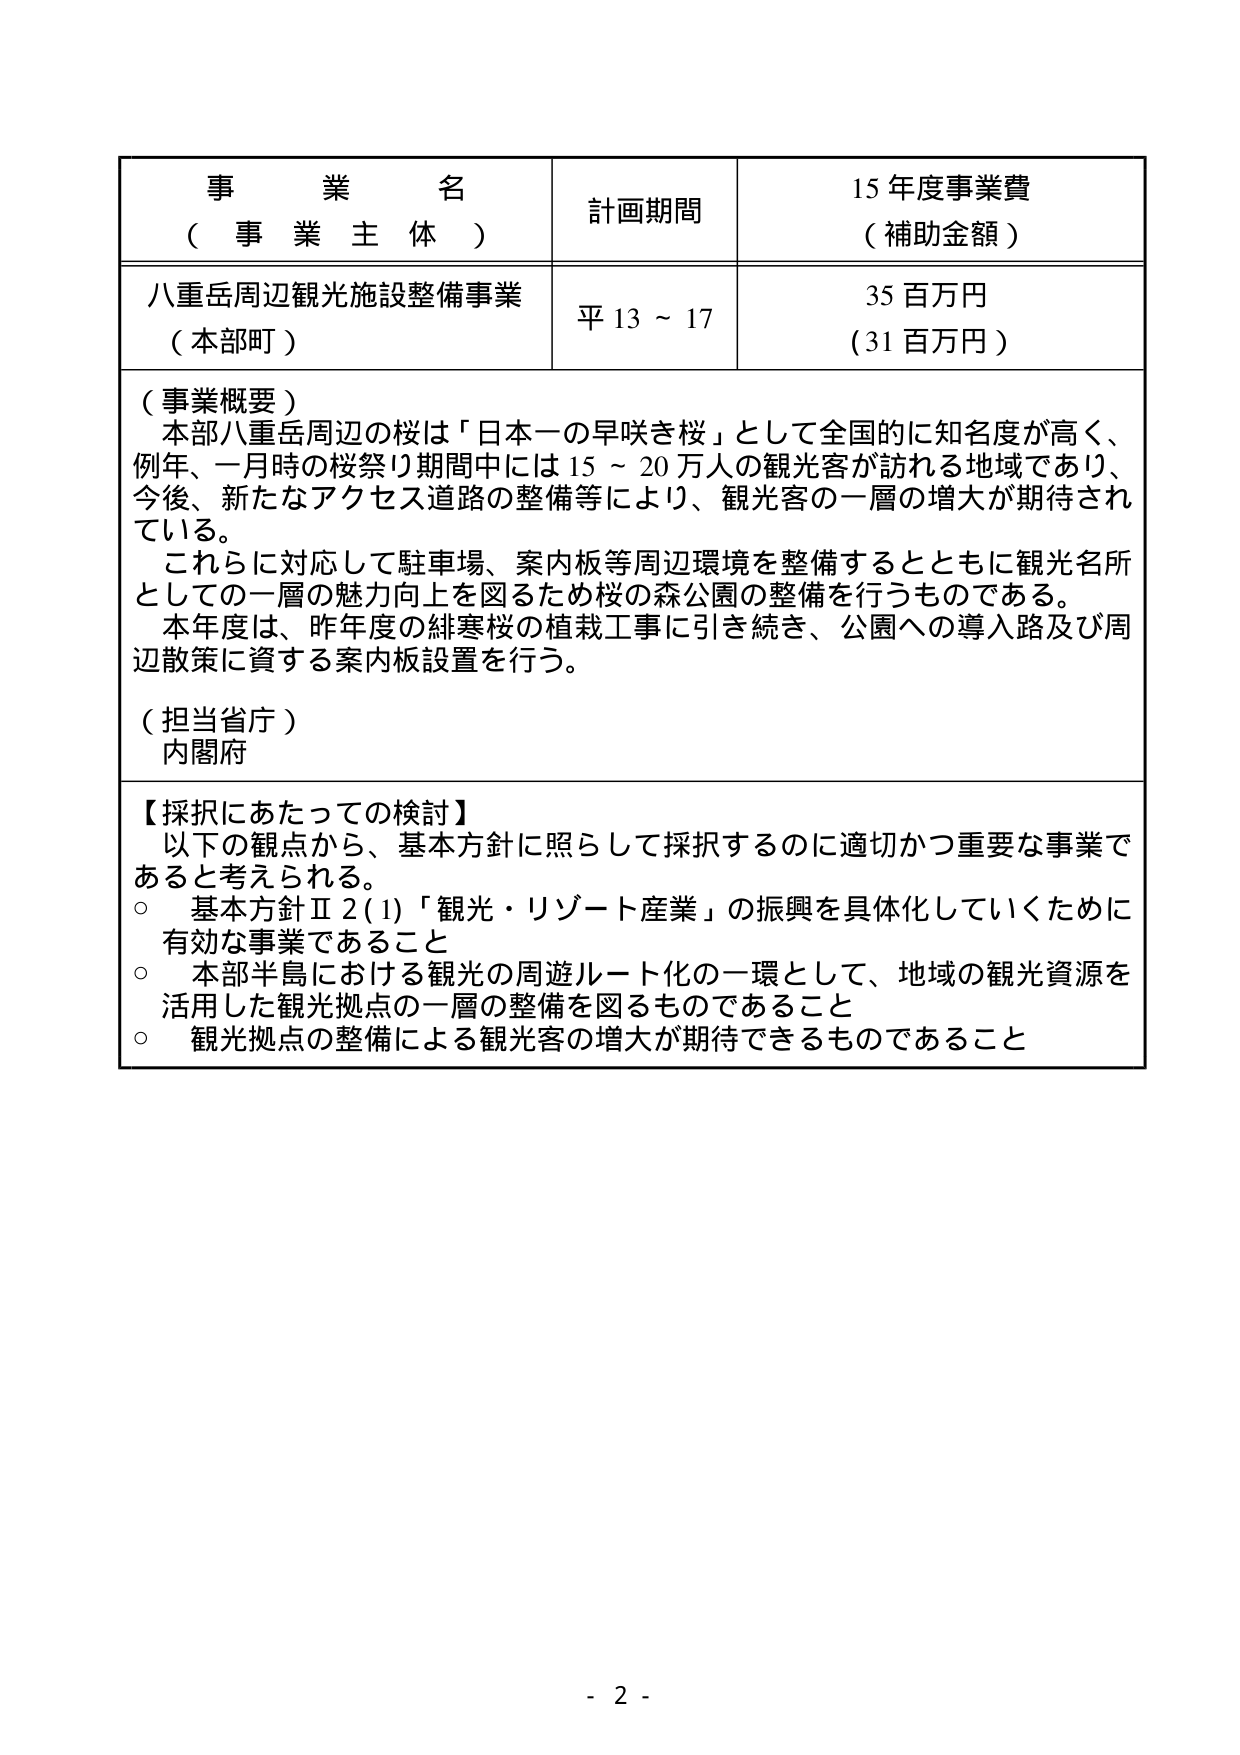
事 業 名
（ 事 業 主 体 ）
計画期間
15 年度事業費
（ 補助金額 ）

八重岳周辺観光施設整備事業
（本部町）
平 13 ～ 17
35 百万円
（31 百万円）

（事業概要）
本部八重岳周辺の桜は「日本一の早咲き桜」として全国的に知名度が高く、
例年、一月時の桜祭り期間中には 15 ～ 20 万人の観光客が訪れる地域であり、
今後、新たなアクセス道路の整備等により、観光客の一層の増大が期待され
ている。
これらに対応して駐車場、案内板等周辺環境を整備するとともに観光名所
としての一層の魅力向上を図るため桜の森公園の整備を行うものである。
本年度は、昨年度の緋寒桜の植栽工事に引き続き、公園への導入路及び周
辺散策に資する案内板設置を行う。

（担当省庁）
内閣府

【採択にあたっての検討】
以下の観点から、基本方針に照らして採択するのに適切かつ重要な事業で
あると考えられる。
○ 基本方針Ⅱ2(1)「観光・リゾート産業」の振興を具体化していくために
有効な事業であること
○ 本部半島における観光の周遊ルート化の一環として、地域の観光資源を
活用した観光拠点の一層の整備を図るものであること
○ 観光拠点の整備による観光客の増大が期待できるものであること

- 2 -